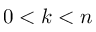
0 < k < n